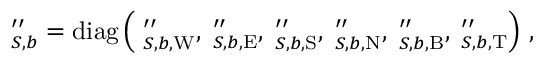
\mathbf \Lambda _ { S , b } ^ { \prime \prime } = \operatorname { d i a g } \left( \mathbf \Lambda _ { S , b , \mathrm { W } } ^ { \prime \prime } , \mathbf \Lambda _ { S , b , \mathrm { E } } ^ { \prime \prime } , \mathbf \Lambda _ { S , b , \mathrm { S } } ^ { \prime \prime } , \mathbf \Lambda _ { S , b , \mathrm { N } } ^ { \prime \prime } , \mathbf \Lambda _ { S , b , \mathrm { B } } ^ { \prime \prime } , \mathbf \Lambda _ { S , b , \mathrm { T } } ^ { \prime \prime } \right) \, ,